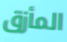
المأزق